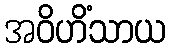
အဝိဟိံသာယ